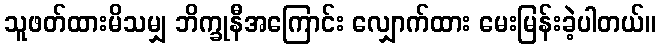
သူဖတ်ထားမိသမျှ ဘိက္ခုနီအကြောင်း လျှောက်ထား မေးမြန်းခဲ့ပါတယ်။